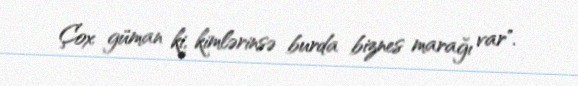
Çox güman ki, kimlərinsə burda biznes marağı var".